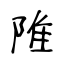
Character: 陮